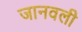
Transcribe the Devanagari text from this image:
जानवली